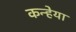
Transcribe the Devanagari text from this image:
कन्हेया